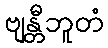
ဗျန္တီဘူတံ